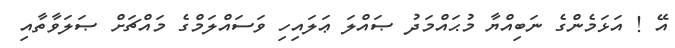
އޭ ! އަޅަމެންގެ ނަބިއްޔާ މުޙައްމަދު ޞައްލަ ޢަލައިހި ވަސައްލަމްގެ މައްޗަށް ޞަލަވާތާއި